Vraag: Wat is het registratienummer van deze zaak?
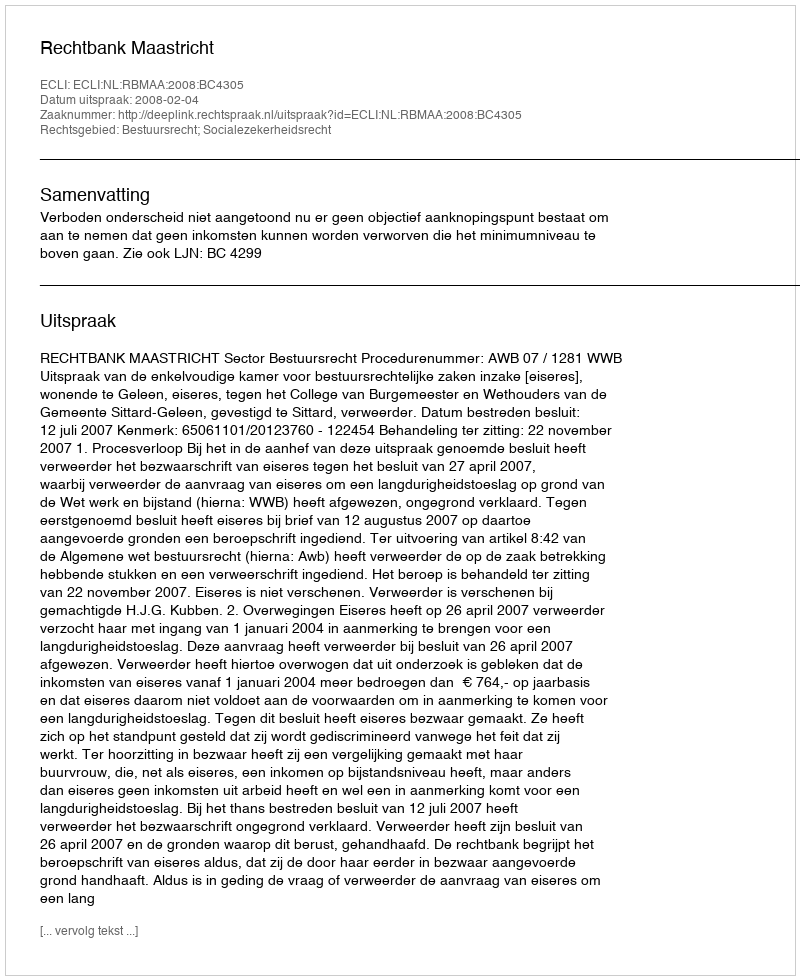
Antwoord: http://deeplink.rechtspraak.nl/uitspraak?id=ECLI:NL:RBMAA:2008:BC4305